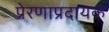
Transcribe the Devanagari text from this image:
प्रेरणाप्रदायक